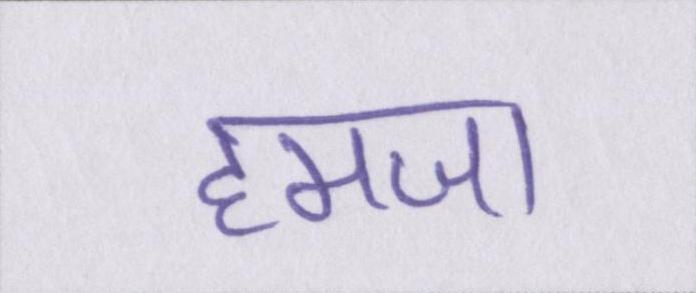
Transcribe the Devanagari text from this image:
हमजा